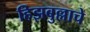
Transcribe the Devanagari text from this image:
हिझबुल्लाचे